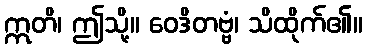
ဣတိ၊ ဤသို့။ ဝေဒိတဗ္ဗံ၊ သိထိုက်၏။